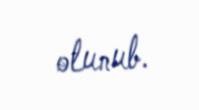
olunub.